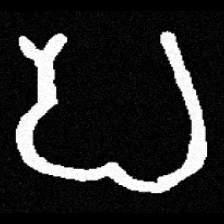
Pyu character \u2014 Myanmar letter: ပ (romanized: pa)